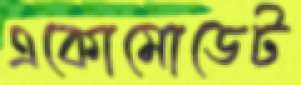
একোমোডেট